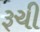
રૂચી